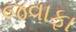
જવાફા